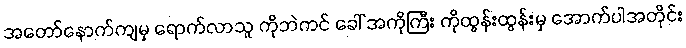
အတော်နောက်ကျမှ ရောက်လာသူ ကိုဘဲကင် ခေါ် အကိုကြီး ကိုထွန်းထွန်းမှ အောက်ပါအတိုင်း